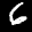
Label: 6